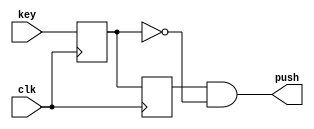
module pushing (
	input key,
	input clk,
	output push
);

reg but_r;
reg but_rr;

always @(posedge clk)
begin
	but_r <= key;
	but_rr <= but_r;
end
assign push = but_rr & ~but_r;

endmodule

module set_hex (
	input count,
	output hex
);

assign hex = (count == 4'h0) ? 7'b1000000 :
				  (count == 4'hF) ? 7'b1111001 :
				  (count == 4'hE) ? 7'b0100100 :
				  (count == 4'hD) ? 7'b0110000 :
				  (count == 4'hC) ? 7'b0011001 :
				  (count == 4'hB) ? 7'b0010010 :
				  (count == 4'hA) ? 7'b0000010 :
				  (count == 4'h9) ? 7'b1111000 :
				  (count == 4'h8) ? 7'b0000000 :
				  (count == 4'h7) ? 7'b0010000 :
				  (count == 4'h6) ? 7'b0001000 :
				  (count == 4'h5) ? 7'b0000011 :
				  (count == 4'h4) ? 7'b1000110 :
				  (count == 4'h3) ? 7'b0100001 :
				  (count == 4'h2) ? 7'b0000110 : 7'b0001110 ;
				  
endmodule
				  
module Girka_4 (
	input KEY0,
	input KEY1,
	input KEY2,
	input clk,
	input [7:0] SW,
	input SW8,
	output [15:0] LED,
	output [6:0] HEX0,
	output [6:0] HEX1
);

wire reset_push, write_push, send_push;
reg [15:0] count;
reg [7:0] acount;
reg [3:0] number0;
reg [3:0] number1;

pushing pushing_write (
	.key (KEY1),
	.clk (clk),
	.push (write_push)
);

pushing pushing_send (
	.key (KEY2),
	.clk (clk),
	.push (send_push)
);

pushing pushing_reset (
	.key (KEY0),
	.clk (clk),
	.push (reset_push)
);
always @(posedge clk) 
begin
	if (write_push) 
	begin
		count <=  (SW << 8);
		acount <= SW;
	end
	else if (send_push) count <= (count >> 1) + ((SW8) ? 16'b1000000000000000 : 16'b0000000000000000);
	else if (reset_push) 
	begin
		count <= 1'b0;
		acount <= 1'b0;
	end
	number0 <= acount[3:0];
   number1 <= acount[7:4];
end


assign LED = count;

assign HEX0 = (number0 == 4'h0) ? 7'b1000000 :
				  (number0 == 4'h1) ? 7'b1111001 :
				  (number0 == 4'h2) ? 7'b0100100 :
				  (number0 == 4'h3) ? 7'b0110000 :
				  (number0 == 4'h4) ? 7'b0011001 :
				  (number0 == 4'h5) ? 7'b0010010 :
				  (number0 == 4'h6) ? 7'b0000010 :
				  (number0 == 4'h7) ? 7'b1111000 :
				  (number0 == 4'h8) ? 7'b0000000 :
				  (number0 == 4'h9) ? 7'b0010000 :
				  (number0 == 4'hA) ? 7'b0001000 :
				  (number0 == 4'hB) ? 7'b0000011 :
				  (number0 == 4'hC) ? 7'b1000110 :
				  (number0 == 4'hD) ? 7'b0100001 :
				  (number0 == 4'hE) ? 7'b0000110 : 7'b0001110 ;

assign HEX1 = (number1 == 4'h0) ? 7'b1000000 :
				  (number1 == 4'h1) ? 7'b1111001 :
				  (number1 == 4'h2) ? 7'b0100100 :
				  (number1 == 4'h3) ? 7'b0110000 :
				  (number1 == 4'h4) ? 7'b0011001 :
				  (number1 == 4'h5) ? 7'b0010010 :
				  (number1 == 4'h6) ? 7'b0000010 :
				  (number1 == 4'h7) ? 7'b1111000 :
				  (number1 == 4'h8) ? 7'b0000000 :
				  (number1 == 4'h9) ? 7'b0010000 :
				  (number1 == 4'hA) ? 7'b0001000 :
				  (number1 == 4'hB) ? 7'b0000011 :
				  (number1 == 4'hC) ? 7'b1000110 :
				  (number1 == 4'hD) ? 7'b0100001 :
				  (number1 == 4'hE) ? 7'b0000110 : 7'b0001110 ;
				  

endmodule